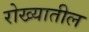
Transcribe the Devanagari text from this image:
रोख्यातील